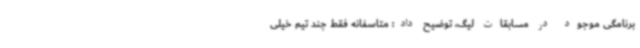
برنامگی موجود در مسابقات لیگ، توضیح داد: متاسفانه فقط چند تیم خیلی